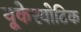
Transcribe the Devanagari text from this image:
यूकेरयोटिक